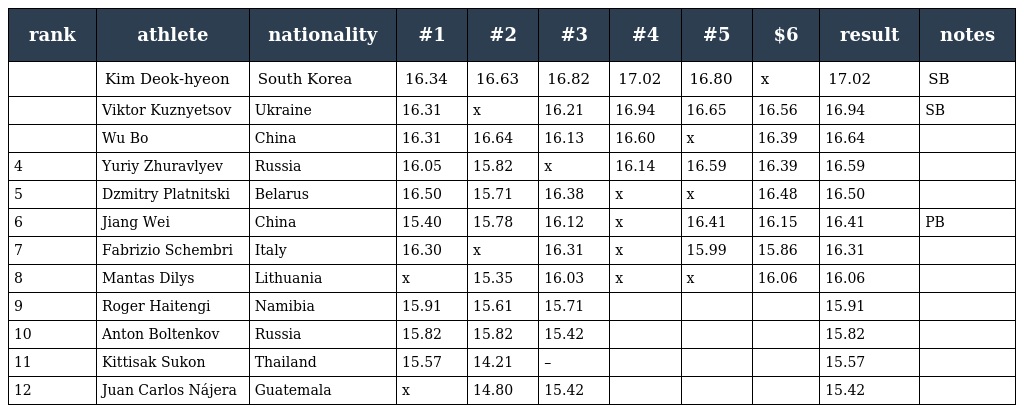
| rank | athlete | nationality | #1 | #2 | #3 | #4 | #5 | $6 | result | notes |
 | --- | --- | --- | --- | --- | --- | --- | --- | --- | --- | --- |
 |  | Kim Deok-hyeon | South Korea | 16.34 | 16.63 | 16.82 | 17.02 | 16.80 | x | 17.02 | SB |
 |  | Viktor Kuznyetsov | Ukraine | 16.31 | x | 16.21 | 16.94 | 16.65 | 16.56 | 16.94 | SB |
 |  | Wu Bo | China | 16.31 | 16.64 | 16.13 | 16.60 | x | 16.39 | 16.64 |  |
 | 4 | Yuriy Zhuravlyev | Russia | 16.05 | 15.82 | x | 16.14 | 16.59 | 16.39 | 16.59 |  |
 | 5 | Dzmitry Platnitski | Belarus | 16.50 | 15.71 | 16.38 | x | x | 16.48 | 16.50 |  |
 | 6 | Jiang Wei | China | 15.40 | 15.78 | 16.12 | x | 16.41 | 16.15 | 16.41 | PB |
 | 7 | Fabrizio Schembri | Italy | 16.30 | x | 16.31 | x | 15.99 | 15.86 | 16.31 |  |
 | 8 | Mantas Dilys | Lithuania | x | 15.35 | 16.03 | x | x | 16.06 | 16.06 |  |
 | 9 | Roger Haitengi | Namibia | 15.91 | 15.61 | 15.71 |  |  |  | 15.91 |  |
 | 10 | Anton Boltenkov | Russia | 15.82 | 15.82 | 15.42 |  |  |  | 15.82 |  |
 | 11 | Kittisak Sukon | Thailand | 15.57 | 14.21 | – |  |  |  | 15.57 |  |
 | 12 | Juan Carlos Nájera | Guatemala | x | 14.80 | 15.42 |  |  |  | 15.42 |  |